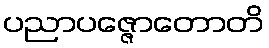
ပညာပဇ္ဇောတောတိ